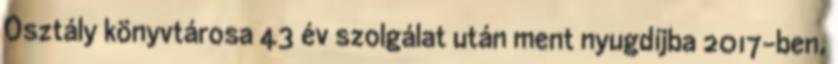
Osztály könyvtárosa 43 év szolgálat után ment nyugdíjba 2017-ben,